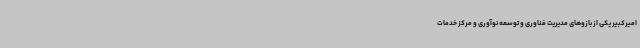
امیرکبیر یکی از بازوهای مدیریت فناوری و توسعه نوآوری و مرکز خدمات